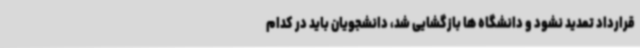
قرارداد تمدید نشود و دانشگاه ها بازگشایی شد، دانشجویان باید در کدام